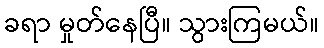
ခရာ မှုတ်နေပြီ။ သွားကြမယ်။